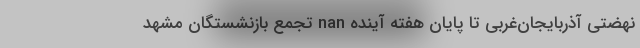
نهضتی آذربایجان‌غربی تا پایان هفته آینده nan تجمع بازنشستگان مشهد